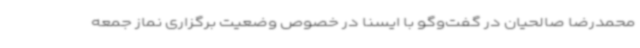
محمدرضا صالحیان در گفت‌وگو با ایسنا در خصوص وضعیت برگزاری نماز جمعه